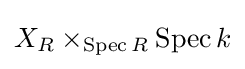
X_{R}\times _{\operatorname {Spec} R}\operatorname {Spec} k